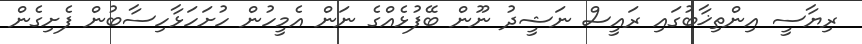
ރިޔާސީ އިންތިޚާބުގައި ރައީސް ނަޝީދު ނޫން ބޭފުޅެއްގެ ނަން އެމީހުން ހުށަހަޅާހިސާބުން ފެށިގެން